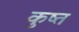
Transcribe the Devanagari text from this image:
कुष्त